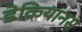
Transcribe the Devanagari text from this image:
डेक्रियानस